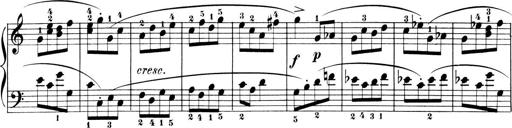
Title: 6 Piano Sonatinas
Composer: Cornelius Gurlitt